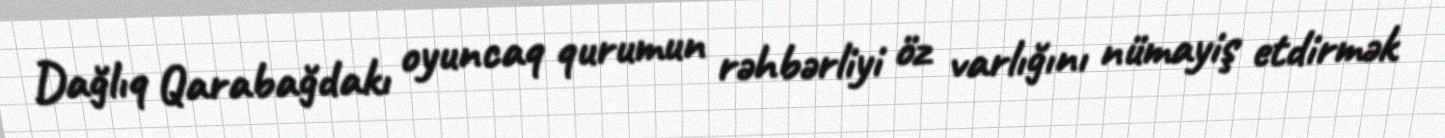
Dağlıq Qarabağdakı oyuncaq qurumun rəhbərliyi öz varlığını nümayiş etdirmək